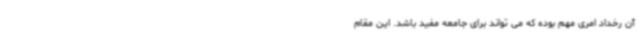
آن رخداد امری مهم بوده که می تواند برای جامعه مفید باشد. این مقام